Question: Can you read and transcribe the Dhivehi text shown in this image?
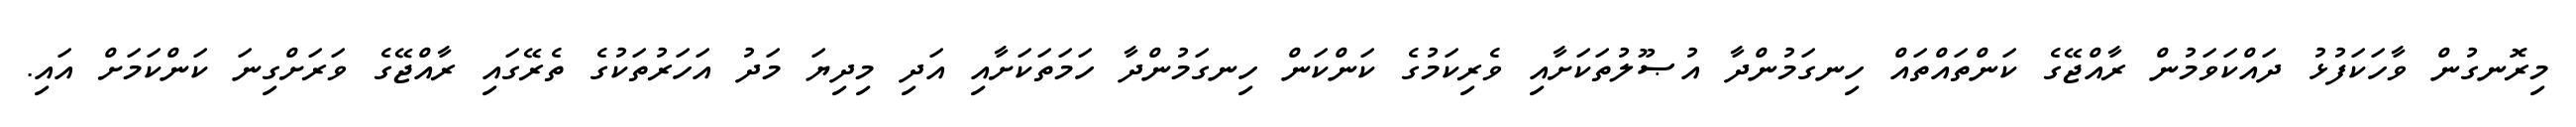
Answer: މިރޮނގުން ވާހަކަފުޅު ދައްކަވަމުން ރާއްޖޭގެ ކަންތައްތައް ހިނގަމުންދާ އުޞޫލުތަކަށާއި ވެރިކަމުގެ ކަންކަން ހިނގަމުންދާ ހަމަތަކަށާއި އަދި މިދިޔަ މަދު އަހަރުތަކުގެ ތެރޭގައި ރާއްޖޭގެ ވަރަށްގިނަ ކަންކަމަށް އައި.